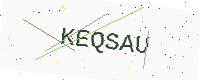
Text: KEQSAU